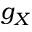
g _ { X }